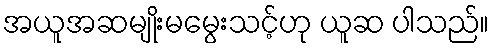
အယူအဆမျိုးမမွေးသင့်ဟု ယူဆ ပါသည်။